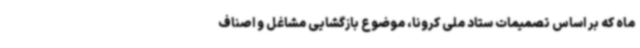
ماه که بر اساس تصمیمات ستاد ملی کرونا، موضوع بازگشایی مشاغل و اصناف